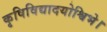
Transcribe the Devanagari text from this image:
कृषिविद्यादयोश्विभे।